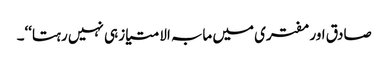
صادق اور مفتری میں مابہ الامتیاز ہی نہیں رہتا‘‘۔